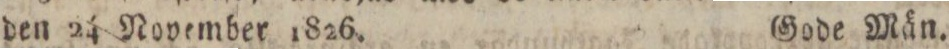
den 24 November 1826.    Gode Män.